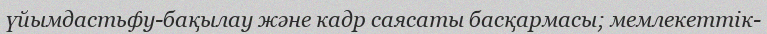
үйымдастьфу-бақылау және кадр саясаты басқармасы; мемлекеттік-